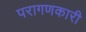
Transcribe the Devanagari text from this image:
परागणकारी